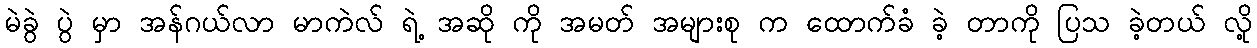
မဲခွဲ ပွဲ မှာ အန်ဂယ်လာ မာကဲလ် ရဲ့ အဆို ကို အမတ် အများစု က ထောက်ခံ ခဲ့ တာကို ပြသ ခဲ့တယ် လို့